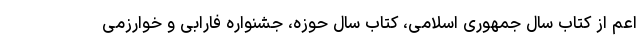
اعم از کتاب سال جمهوری اسلامی، کتاب سال حوزه، جشنواره فارابی و خوارزمی